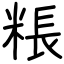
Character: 粻